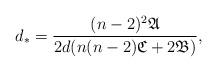
LaTeX: \begin{align*}d_*=\frac{(n-2)^2\mathfrak{A}}{2d(n(n-2)\mathfrak{C}+2\mathfrak{B})},\end{align*}